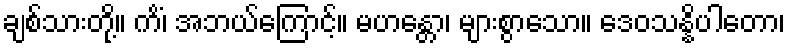
ချစ်သားတို့။ ကိံ၊ အဘယ်ကြောင့်။ မဟန္တော၊ များစွာသော။ ဒေဝသန္နိပါတော၊